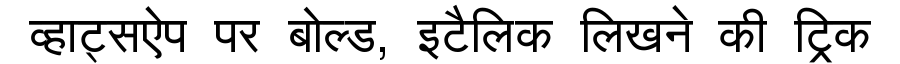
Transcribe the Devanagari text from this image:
व्हाट्सऐप पर बोल्ड, इटैलिक लिखने की ट्रिक